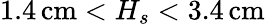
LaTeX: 1.4\, \textrm{cm}<H_{s}<3.4\, \textrm{cm}